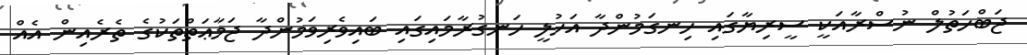
ޖަބްހަތުލް ނުސްރާއަކީ ސީރިޔާގައި ހިނގަމުންދާ އަހުލީ ހަނގުރާމައިގައި ބައިވެރިވަމުންދާ ޖަމާޢަތްތަކުގެ ތެރެއިން އެއް